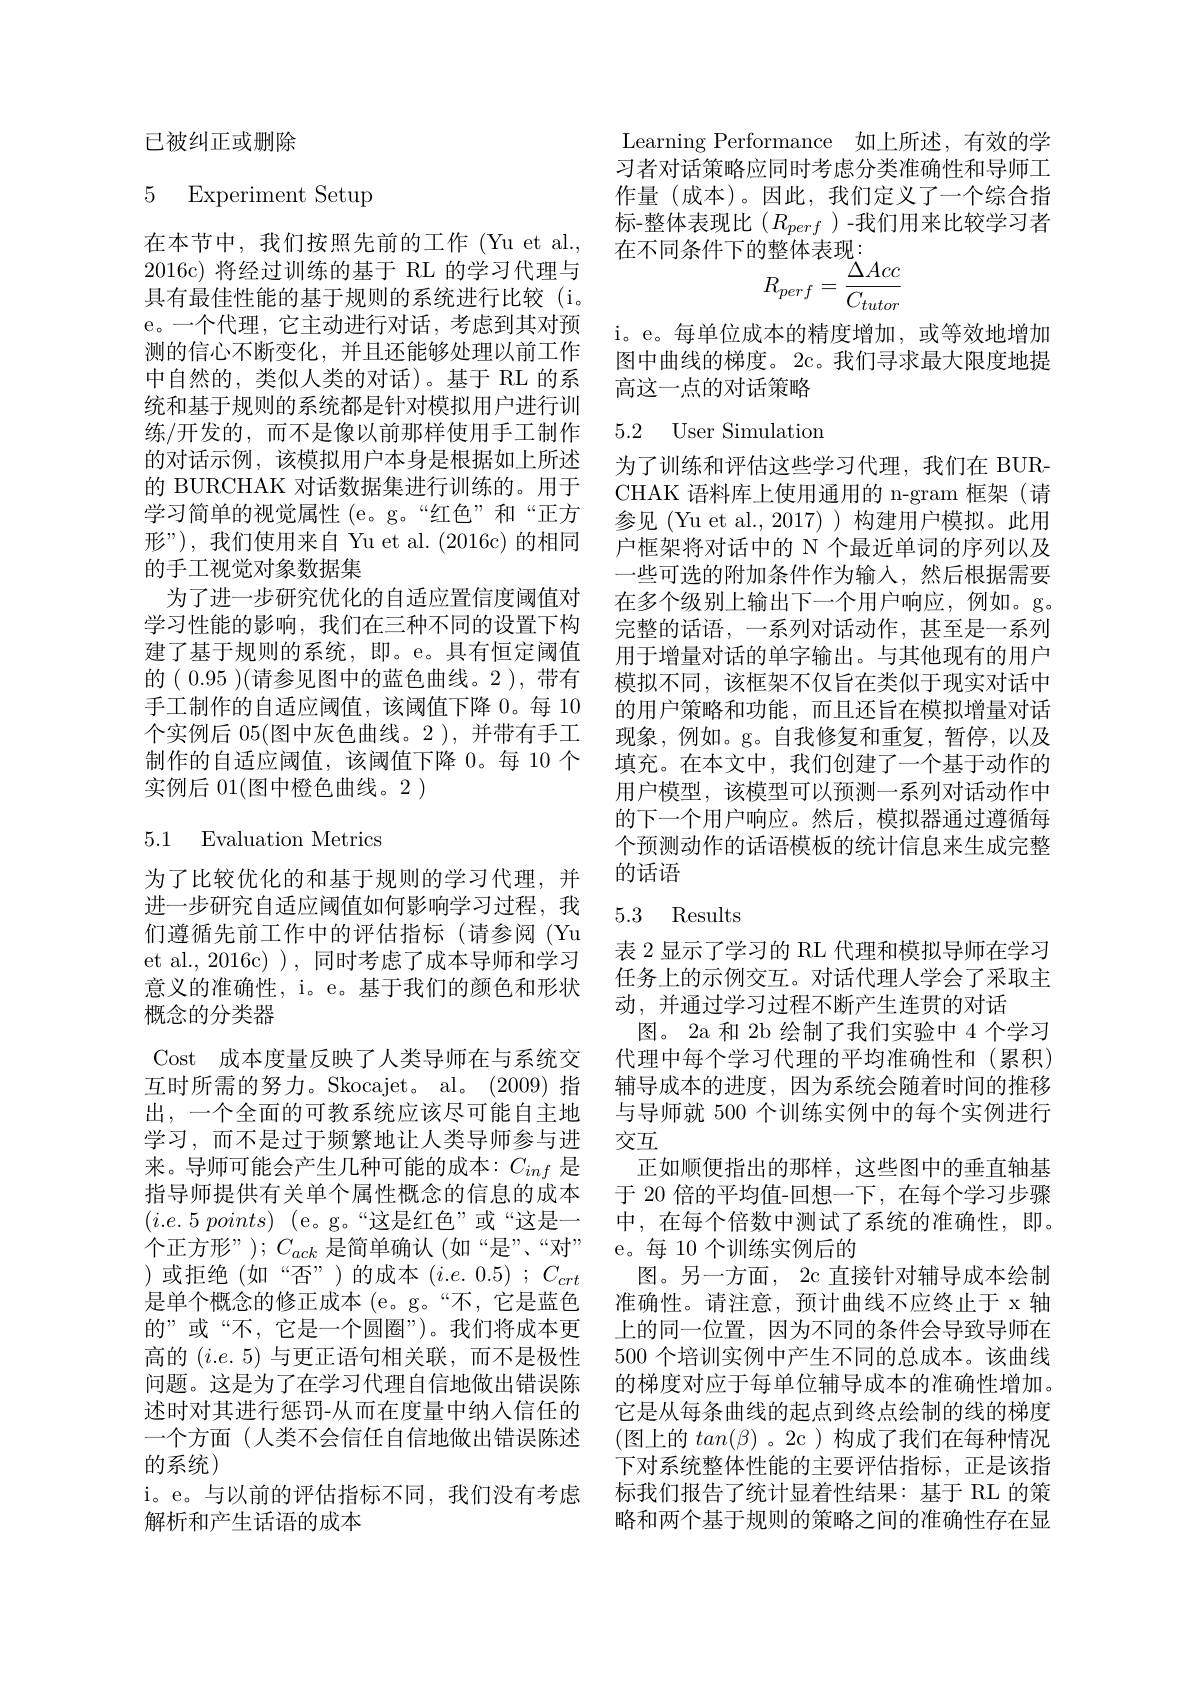
已被纠正或删除

# 5 Experiment Setup

在本节中，我们按照先前的工作(Yu et al., 2016c)将经过训练的基于 RL 的学习代理与具有最佳性能的基于规则的系统进行比较(i。e。一个代理，它主动进行对话，考虑到其对预测的信心不断变化，并且还能够处理以前工作中自然的，类似人类的对话)。基于 RL 的系统和基于规则的系统都是针对模拟用户进行训练/开发的，而不是像以前那样使用手工制作的对话示例，该模拟用户本身是根据如上所述的 BURCHAK 对话数据集进行训练的。用于学习简单的视觉属性 (e。g。“红色”和“正方形”),我们使用来自 Yu et al.(2016c) 的相同的手工视觉对象数据集
为了进一步研究优化的自适应置信度阈值对学习性能的影响，我们在三种不同的设置下构建了基于规则的系统，即。e。具有恒定阈值的( 0.95 )(请参见图中的蓝色曲线。2 ), 带有手工制作的自适应阈值，该阈值下降 0。每 10个实例后 05(图中灰色曲线。2 ),并带有手工制作的自适应阈值，该阈值下降 0。每 10 个实例后 01(图中橙色曲线。2 )

## 5.1 Evaluation Metrics

为了比较优化的和基于规则的学习代理，并进一步研究自适应阈值如何影响学习过程，我们遵循先前工作中的评估指标(请参阅(Yu et al., 2016c) ), 同时考虑了成本导师和学习意义的准确性，i。e。基于我们的颜色和形状概念的分类器
Cost 成本度量反映了人类导师在与系统交
互时所需的努力。Skocajet。al。(2009) 指 辅导成本的进度，因为系统会随着时间的推移
出，一个全面的可教系统应该尽可能自主地学习，而不是过于频繁地让人类导师参与进来。导师可能会产生几种可能的成本：$C_{inf}$是指导师提供有关单个属性概念的信息的成本 于 20 倍的平均值-回想一下，在每个学习步骤$(i.e.5points)$ (e。g。“这是红色”或“这是一 中，在每个倍数中测试了系统的准确性，即。个正方形”); $C_{ack}$是简单确认 (如“是”、“对” e。每 10 个训练实例后的
)或拒绝(如“否”)的成本($i.e.0.5)$;$C_crt$ 是单个概念的修正成本 (e。g。“不，它是蓝色的”或“不，它是一个圆圈”)。我们将成本更高的$(i.e.5)$与更正语句相关联，而不是极性问题。这是为了在学习代理自信地做出错误陈述时对其进行惩罚-从而在度量中纳人信任的一个方面(人类不会信任自信地做出错误陈述的系统)
i。e。与以前的评估指标不同，我们没有考虑
解析和产生话语的成本

Learning Performance 如上所述，有效的学习者对话策略应同时考虑分类准确性和导师工作量(成本)。因此，我们定义了一个综合指标-整体表现比$(R_perf)$-我们用来比较学习者在不同条件下的整体表现：
$$R_{perf}=\frac{\Delta Acc}{C_{tutor}}$$
i。e。每单位成本的精度增加，或等效地增加图中曲线的梯度。2c。我们寻求最大限度地提高这一点的对话策略

## 5.2 User Simulation

为了训练和评估这些学习代理，我们在 BURCHAK 语料库上使用通用的 n-gram 框架(请参见(Yu et al.,2017))构建用户模拟。此用户框架将对话中的 N 个最近单词的序列以及一些可选的附加条件作为输入，然后根据需要在多个级别上输出下一个用户响应，例如。g。完整的话语，一系列对话动作，甚至是一系列用于增量对话的单字输出。与其他现有的用户模拟不同，该框架不仅旨在类似于现实对话中的用户策略和功能，而且还旨在模拟增量对话现象，例如。g。自我修复和重复，暂停，以及填充。在本文中，我们创建了一个基于动作的用户模型，该模型可以预测一系列对话动作中的下一个用户响应。然后，模拟器通过遵循每个预测动作的话语模板的统计信息来生成完整的话语

## 5.3 Results

表 2 显示了学习的 RL 代理和模拟导师在学习任务上的示例交互。对话代理人学会了采取主动，并通过学习过程不断产生连贯的对话
图。2a 和 2b 绘制了我们实验中 4 个学习代理中每个学习代理的平均准确性和(累积) 与导师就 500 个训练实例中的每个实例进行交互
正如顺便指出的那样，这些图中的垂直轴基图。另一方面，2c 直接针对辅导成本绘制准确性。请注意，预计曲线不应终止于 x 轴上的同一位置，因为不同的条件会导致导师在500个培训实例中产生不同的总成本。该曲线的梯度对应于每单位辅导成本的准确性增加。它是从每条曲线的起点到终点绘制的线的梯度(图上的 $tan(\beta)$ 。2c )构成了我们在每种情况下对系统整体性能的主要评估指标，正是该指标我们报告了统计显着性结果：基于 RL 的策略和两个基于规则的策略之间的准确性存在显